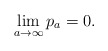
\begin{align*}\lim_{a \to \infty} p_a = 0.\end{align*}